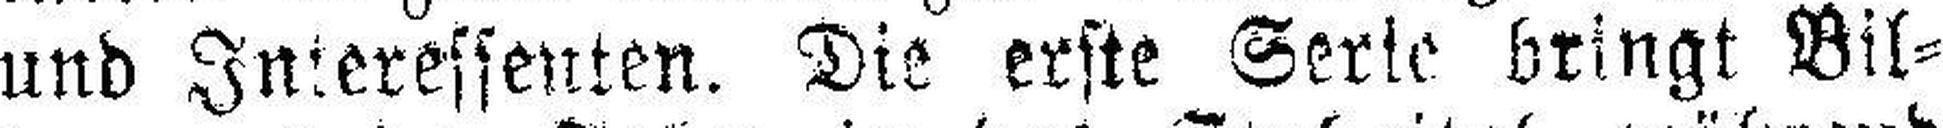
und Interessenten. Die erste Serie bringt Bil¬